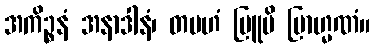
အကိဉ္စနံ အနာဒါနံ၊ တမဟံ ဗြူမိ ဗြာဟ္မဏံ။